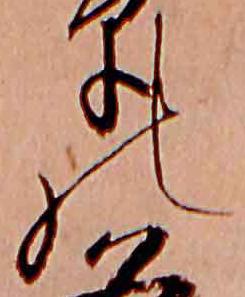
の